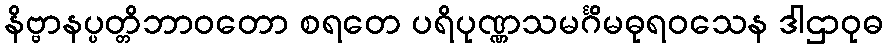
နိဗ္ဗာနပ္ပတ္တိဘာဝတော စရတေ ပရိပုဏ္ဏသမင်္ဂိမဓုရဝသေန ဒါဌာဝုဓ